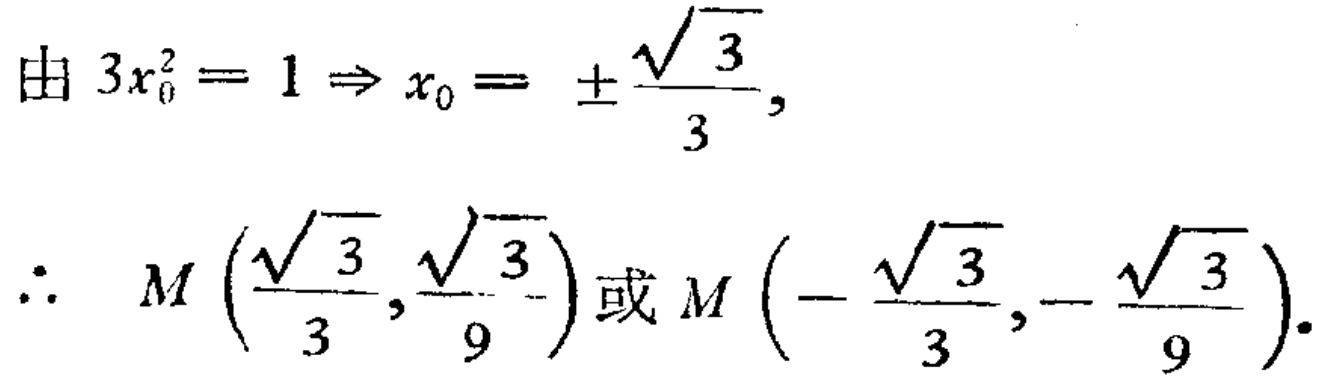
由 \(3x_{0}^{2}=1 \Rightarrow x_{0}=\pm\frac{\sqrt{3}}{3},\)
\(\therefore\) \(M\left(\frac{\sqrt{3}}{3},\frac{\sqrt{3}}{9}\right)\)或 \(M\left(-\frac{\sqrt{3}}{3},-\frac{\sqrt{3}}{9}\right).\)